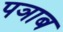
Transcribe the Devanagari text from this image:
पञाब